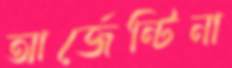
আর্জেন্টিনা